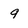
Character: 9